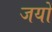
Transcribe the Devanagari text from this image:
जयों